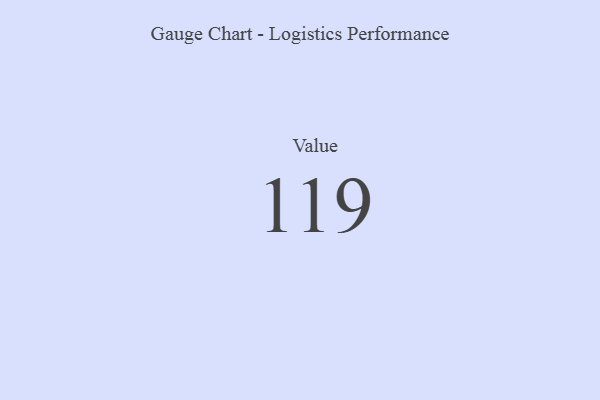
{"axis": {"x": "Metric", "y": "Value"}, "legend": [""], "data": [{"x": "Value", "y": 119, "type": ""}]}